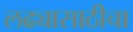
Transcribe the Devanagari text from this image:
लढ्यासाठीचा